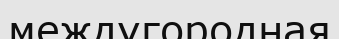
междугородная